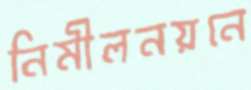
নিমীলনয়নে